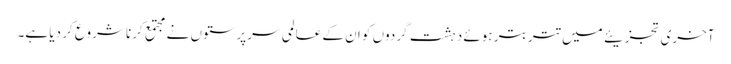
آخری تجزیئے میں تتر بتر ہوئے دہشت گردوں کو ان کے عالمی سرپرستوں نے مجتمع کرنا شروع کر دیا ہے۔